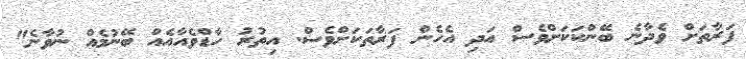
ފަރާތަށް ވެދާނެ ބޭންކަކަށްވެސް އަދި އެހެން ފަރާތަކަށްވެސް. އިތުރު ހާޑްވެއާއެއް ބޭނުމެއް ނުވާނެ"